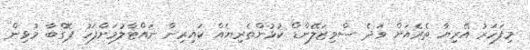
މިފަހަރު އޭރިޔާ ތެރެއަށް ވަދެ ސްވިޒަލޭންޑް ކުޅުންތެރިޔެއް ކައިރިން ނައްޓާލުމަށްފަހު ޕޮގްބާ މުޅިން